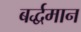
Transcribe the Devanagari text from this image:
बर्द्धमान